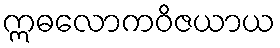
ဣဓလောကဝိဇယာယ